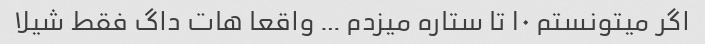
اگر میتونستم ١٠ تا ستاره میزدم … واقعا هات داگ فقط شیلا